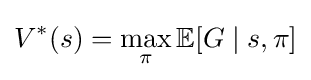
V^{*}(s)=\max _{\pi }\mathbb {E} [G\mid s,\pi ]